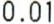
0.01